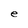
Character: e